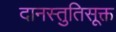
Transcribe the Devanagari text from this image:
दानस्तुतिसूक्त